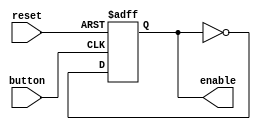

module Stopwatch_CNTRL (
input button,
input reset,
output reg enable
); 

always @(negedge reset or negedge button)
begin
	if (reset == 0) enable = 0;
	else enable = !enable;
	
end

endmodule